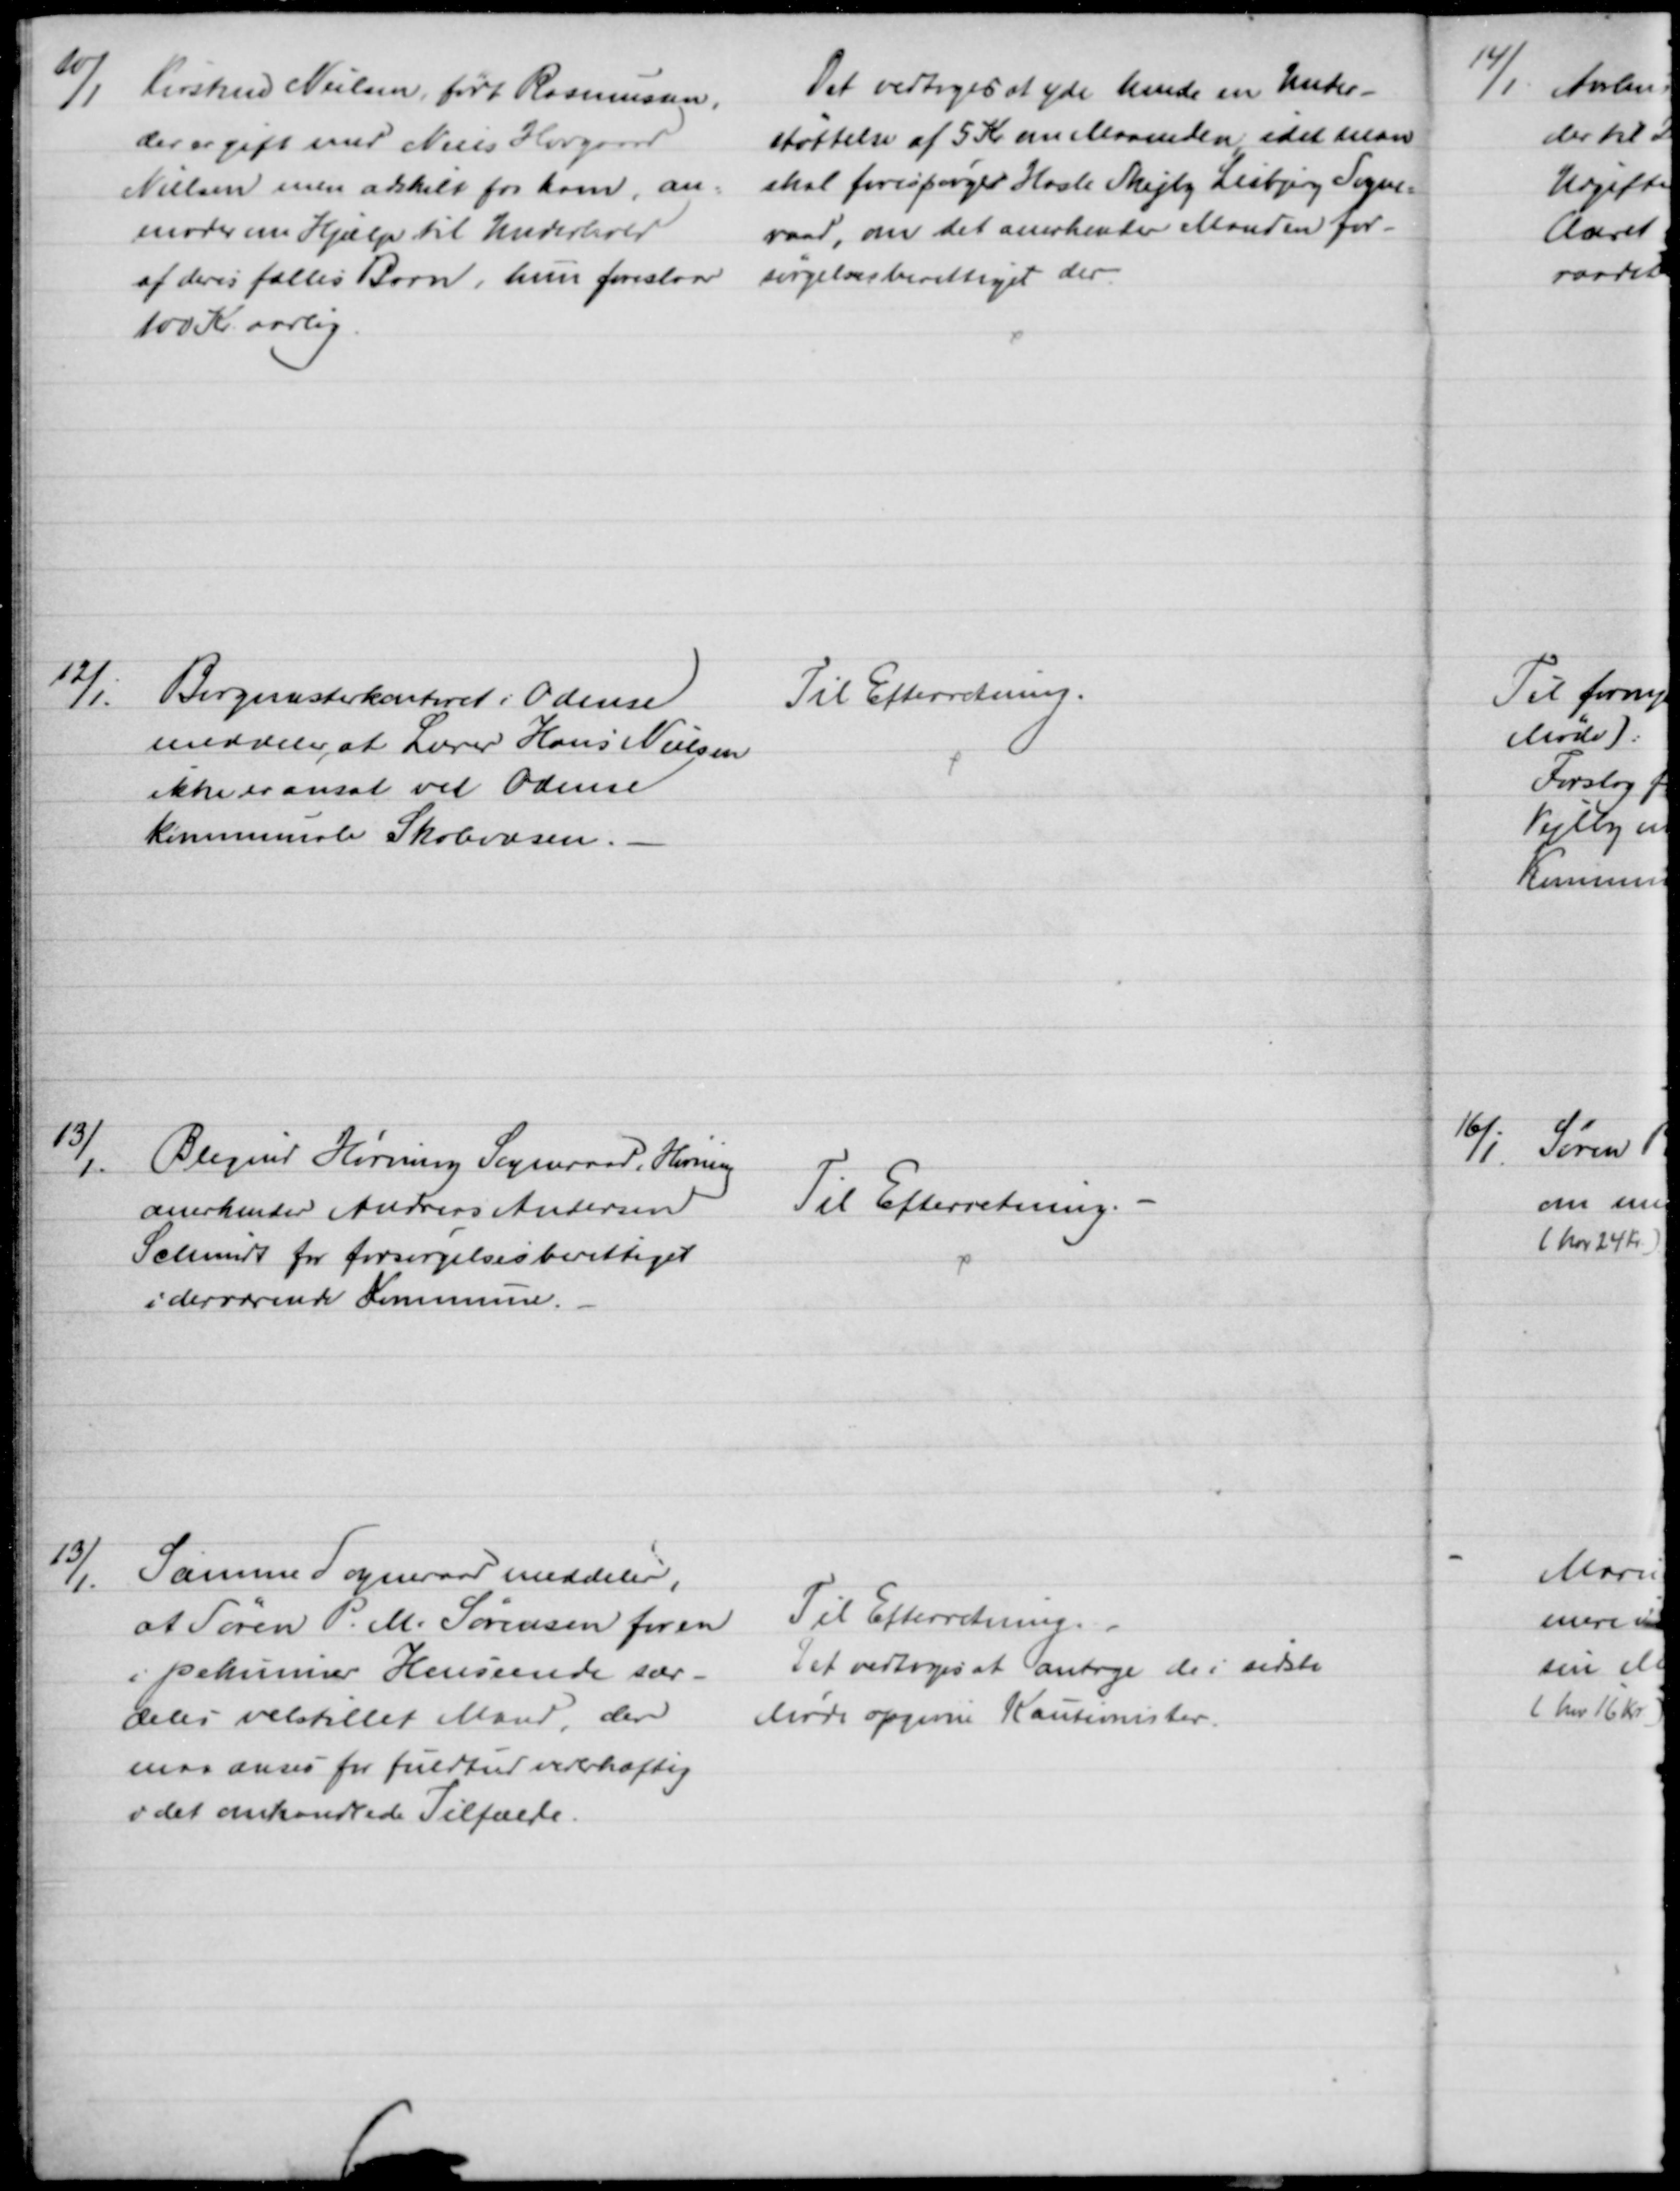
Transskription:
10/1
Kirstine Nielsen, født Rasmussen,
der er gift med Niels Hovgaard
Nielsen men adskilt fra ham, an-
moder en Hjælp til Underhold
af deres fælles Barn, hun foreslaar
100 Kr aarlig.
Det vedtoges at yde hende en Under-
støttelse af 5 Kr om Maaneden, idet man
skal forespørge Hasle Skejby Lisbjerg Sogne-
raad, om det anerkende Manden for-
sørgelsesberettiget der.
12/1.
Borgmesterkontoret i Odense
meddeler, at Lærer Hans Nielsen
ikke er ansat ved Odense
Kommunale Skolevæsen.
Til Efterretning.
13/1.
Blegind Hørning Sogneraad, Hørning
anerkender Andreas Andersen
Schmidt for forsørgelsesberettiget
i derværende Kommune.
Til Efterretning.
13/1.
Samme Sogneraad meddeler,
at Søren P. M. Sørensen for en
i pekuniær Henseende sær-
deles velstillet Mand, der
maa anses for fuldtud vederhæftig
i det omhandlede Tilfælde.
Til Efterretning.
Det vedtoges at antage de i sidste 
Møde opgivne Kautionister.